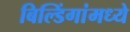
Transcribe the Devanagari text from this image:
बिल्डिंगांमध्ये